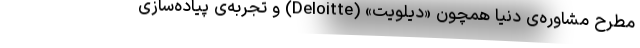
مطرح مشاوره‌ی دنیا همچون «دیلویت» (Deloitte) و تجربه‌ی پیاده‌سازی